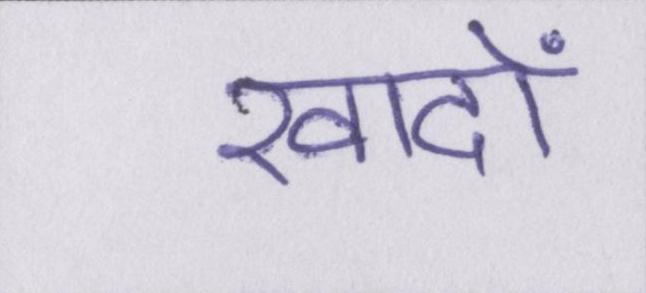
खादों